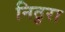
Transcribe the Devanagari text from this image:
निठुरा